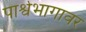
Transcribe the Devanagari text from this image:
पार्श्वभागावर